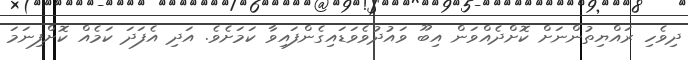
ދިވެހި ރައްޔިތުންނަށް ކޮށްދެއްވަން އިބޫ ވައުދުވެވަޑައިގެންފައިވާ ކަމަށެވެ. އަދި އެފަދަ ކަމެއް ކޮށްފިނަމަ